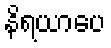
နိရယာပေ